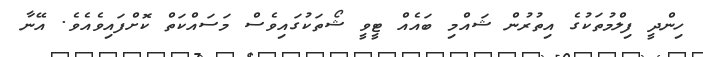
ހިންދީ ފިލްމުތަކުގެ އިތުރުން ޝައްމި ބައެއް ޓީވީ ޝޯތަކުގައިވެސް މަސައްކަތް ކޮށްފައިވެއެވެ. އޭނާ